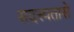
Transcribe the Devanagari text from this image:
सदस्यतासे